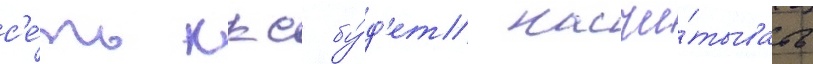
с'е́ть ккс бу́д'ет насчи́тывать